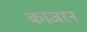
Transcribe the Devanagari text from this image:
काजरन